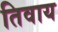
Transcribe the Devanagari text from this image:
तिवाय